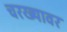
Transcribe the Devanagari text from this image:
चरख्यावर